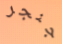
جنجر